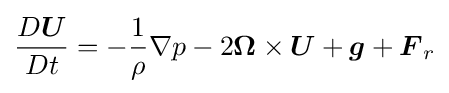
{D{\boldsymbol {U}} \over Dt}=-{1 \over \rho }\nabla p-2{\boldsymbol {\Omega }}\times {\boldsymbol {U}}+{\boldsymbol {g}}+{\boldsymbol {F}}_{r}